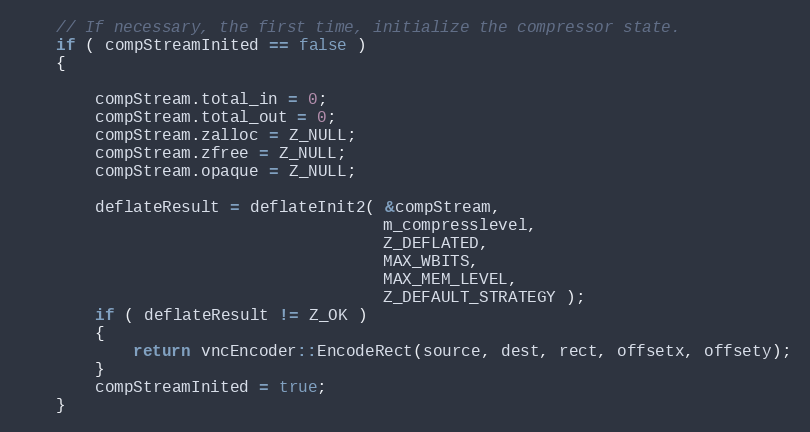
Language: C++
	// If necessary, the first time, initialize the compressor state.
	if ( compStreamInited == false )
	{

		compStream.total_in = 0;
		compStream.total_out = 0;
		compStream.zalloc = Z_NULL;
		compStream.zfree = Z_NULL;
		compStream.opaque = Z_NULL;

		deflateResult = deflateInit2( &compStream,
			                          m_compresslevel,
					                  Z_DEFLATED,
					                  MAX_WBITS,
					                  MAX_MEM_LEVEL,
					                  Z_DEFAULT_STRATEGY );
		if ( deflateResult != Z_OK )
		{
			return vncEncoder::EncodeRect(source, dest, rect, offsetx, offsety);
		}
		compStreamInited = true;
	}